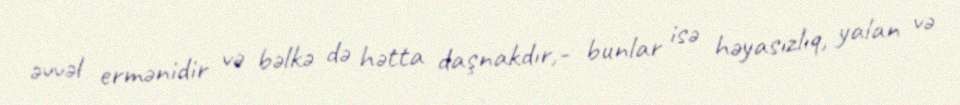
əvvəl ermənidir və bəlkə də hətta daşnakdır,- bunlar isə həyasızlıq, yalan və